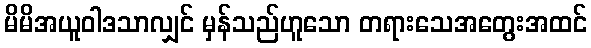
မိမိအယူဝါဒသာလျှင် မှန်သည်ဟူသော တရားသေအတွေးအထင်